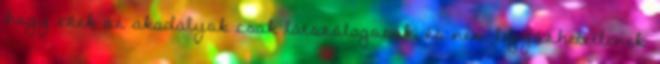
hogy ezek az akadályok csak látszólagosak, és nem legyőzhetetlenek.